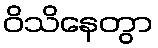
ဝိသိနေတွာ